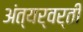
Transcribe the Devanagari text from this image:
अंत्यर्वर्ती